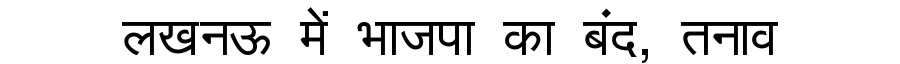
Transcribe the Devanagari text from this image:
लखनऊ में भाजपा का बंद, तनाव